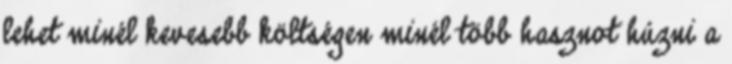
lehet minél kevesebb költségen minél több hasznot húzni a